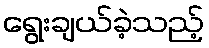
ရွေးချယ်ခဲ့သည့်